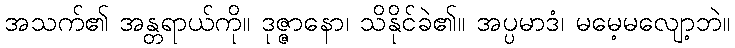
အသက်၏ အန္တရာယ်ကို။ ဒုဇ္ဇာနော၊ သိနိုင်ခဲ၏။ အပ္ပမာဒံ၊ မမေ့မလျော့ဘဲ။